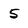
Character: 5